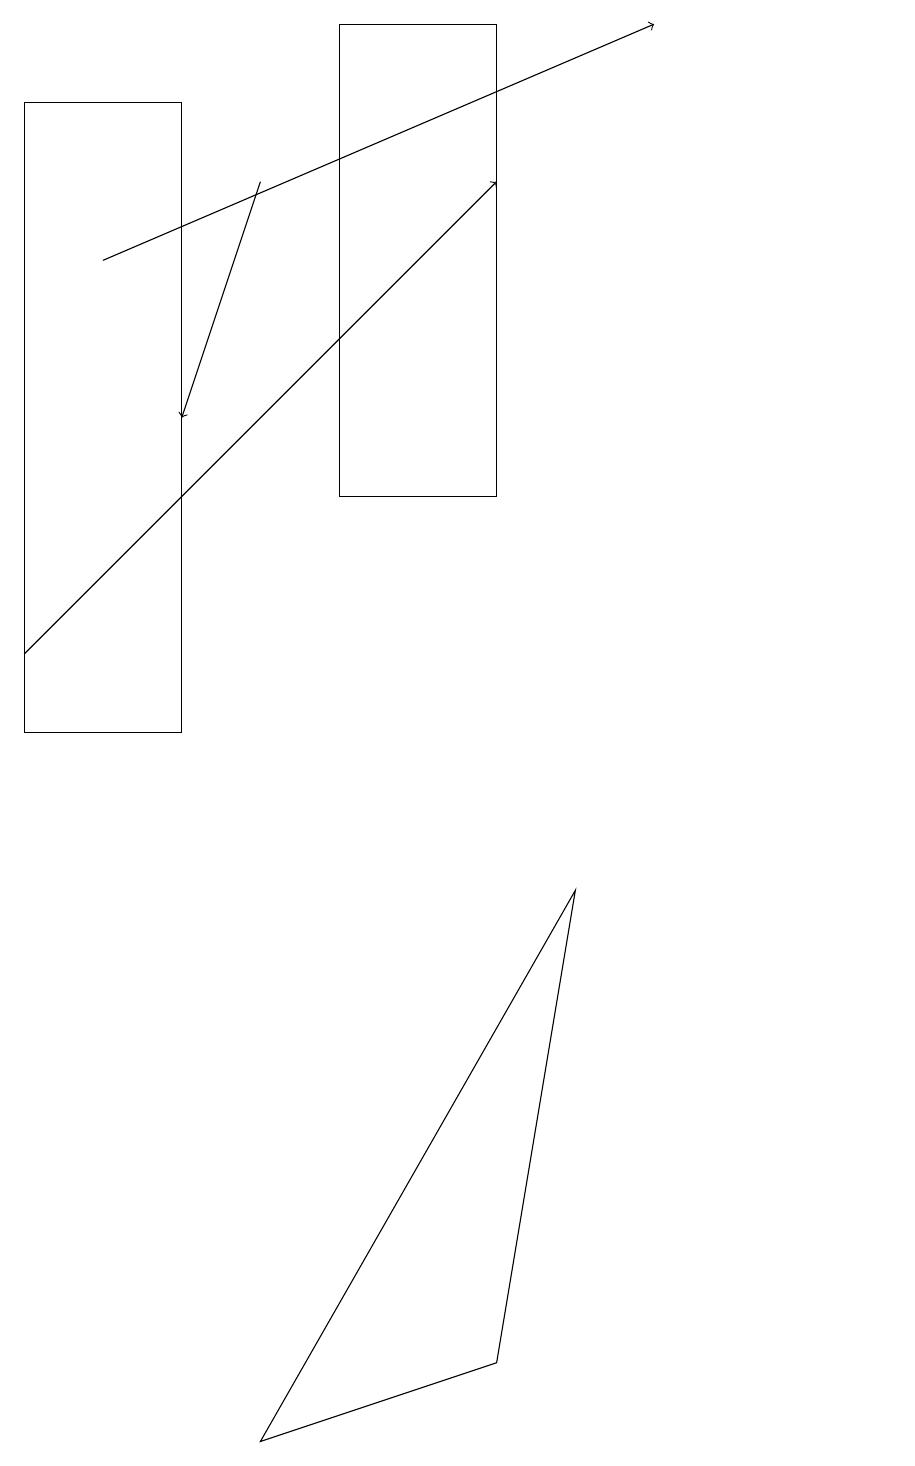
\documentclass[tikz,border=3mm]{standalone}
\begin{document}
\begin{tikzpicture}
\draw[->] (3,17) -- (2,14);
\draw (6,19) rectangle (4,13);
\draw[->] (1,16) -- (8,19);
\draw (11,11) circle (0);
\draw (10,11) circle (0);
\draw (0,10) rectangle (2,18);
\draw (6,2) -- (3,1) -- (7,8) -- cycle;
\draw[->] (0,11) -- (6,17);
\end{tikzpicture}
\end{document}